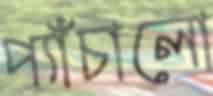
প্যাঁচালো